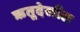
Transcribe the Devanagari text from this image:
ऋतूदेखील